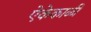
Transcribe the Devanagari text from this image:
ऐकेकाळी